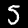
Label: 5